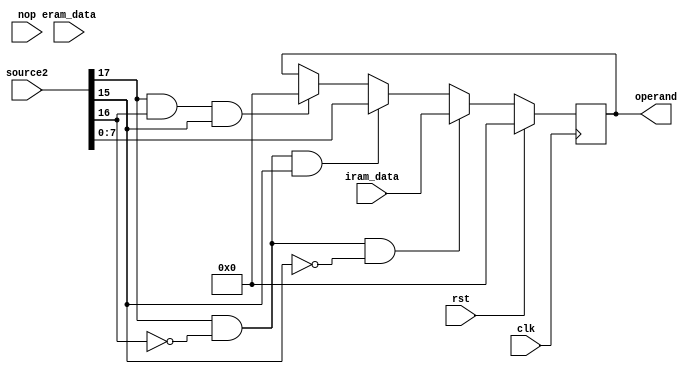
module opReceive(clk,rst,iram_data,eram_data,operand,source2,nop);

input clk,rst;

input [7:0] iram_data;
input [7:0] eram_data;

output reg [7:0] operand;

input [17:0] source2;

input nop;
 
always@(posedge clk)
  if (rst)
    operand <= 8'b0;
	else if 		(source2[17] && !source2[16] && !source2[15])
		operand <= iram_data;
	else if (source2[17] && !source2[16] && source2[15])
		operand <= source2[7:0];
	else if (source2[17] && source2[16] && source2[15])
    operand <= 8'b0;
	//	case (source2[12:8])
	//		5'b01000 : operand <= DPTRL;
	//		5'b01100 : operand <= DPTRH;
	//		5'b10000 : operand <= PCL;
	//		5'b10100 : operand <= PCH;
	//		5'b11100 : operand <= SP;
	//		5'b00001 : operand <= B;
	//		5'b00010 : operand <= ACC;
	//		5'b00011 : operand <= PSW;
	//		default  : operand <= 8'b0;
	//	endcase
	//else operand <= 8'b0;

endmodule